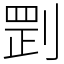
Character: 㓻